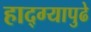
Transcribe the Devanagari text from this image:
हाद्ग्यापुढे